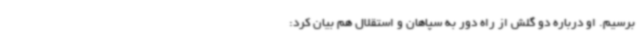
برسیم. او درباره دو گلش از راه دور به سپاهان و استقلال هم بیان کرد: